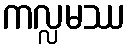
ကလ္လမဿ